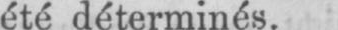
été déterminés.